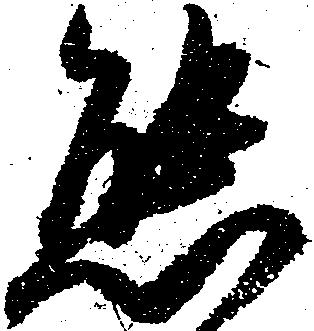
態